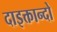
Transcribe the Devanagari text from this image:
दाइक्तान्दो